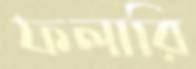
ফলারি